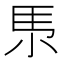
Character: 𡭳